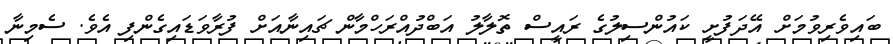
ބައިވެރިވުމަށް އޭދަފުށީ ކައުންސިލުގެ ރައީސް ތޮލާލު އަބްދުއްރަހްމާން ޗައިނާއަށް ފުރާވަޑައިގެންފި އެވެ. ސެމިނާ